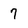
Character: 7